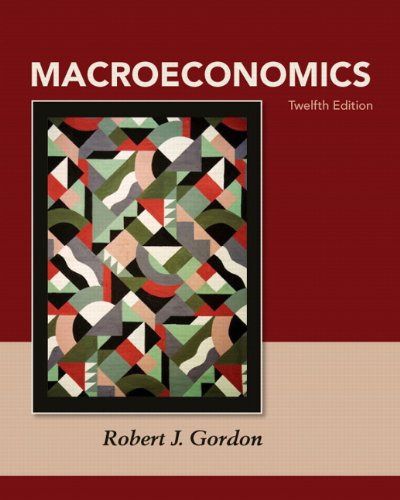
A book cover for Macroeconomics (12th Edition) (Pearson Series in Economics); Robert J Gordon; Business & Money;